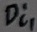
Text: Di1